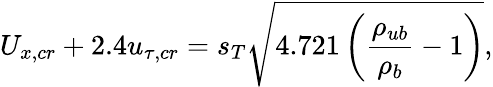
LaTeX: U_{x,cr}+2.4u_{\tau,cr}=s_{T}\sqrt{4.721\left(\frac{\rho_{ub}}{\rho_{b}}-1\right)},